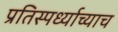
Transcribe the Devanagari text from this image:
प्रतिस्पर्ध्याच्याच